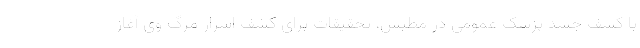
با کشف جسد پزشک عمومی در مطبش، تحقیقات برای کشف اسرار مرگ وی آغاز